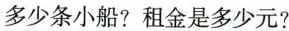
多少条小船？租金是多少元？